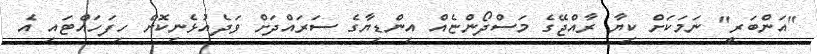
"އަންބަރީ" ނަމަކަށް ކިޔާ ރާއްޖޭގެ މަސްދޯންޏެއް އިންޑިޔާގެ ސަރައްދަށް ވަދެއުޅެނިކޮށް ހިފަހައްޓައި އެ